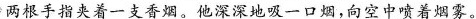
两根手指夹着一支香烟。他深深地吸一口烟，向空中喷着烟雾。